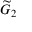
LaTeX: { \widetilde { G } } _ { 2 }